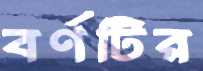
বর্ণটির